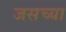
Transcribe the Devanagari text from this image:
जसच्या